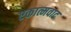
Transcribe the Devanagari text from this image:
एकात्मवाद